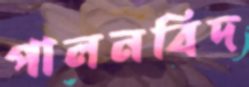
পালনবিদ